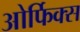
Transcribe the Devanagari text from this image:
ओर्फिक्स